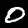
Label: 0